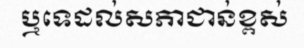
ឬទេដល់សភាជាន់ខ្ពស់